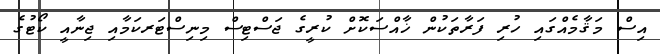
އިސް މަޤާމެއްގައި ހުރި ފަރާތަކުން ޚާއްސަކޮށް ކުރީގެ ޖަސްޓިސް މިނިސްޓަރކަމާއި ޖިނާއީ ކޯޓުގެ